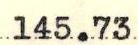
145.73